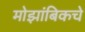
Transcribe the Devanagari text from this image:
मोझांबिकचे